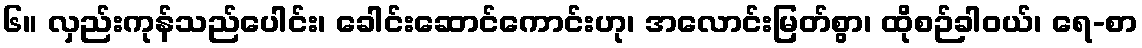
၆။ လှည်းကုန်သည်ပေါင်း၊ ခေါင်းဆောင်ကောင်းဟု၊ အလောင်းမြတ်စွာ၊ ထိုစဉ်ခါဝယ်၊ ရေ-စာ